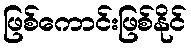
ဖြစ်ကောင်းဖြစ်နိုင်